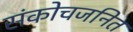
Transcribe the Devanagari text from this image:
संकोचजनित